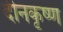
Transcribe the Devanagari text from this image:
दीनकृष्ण